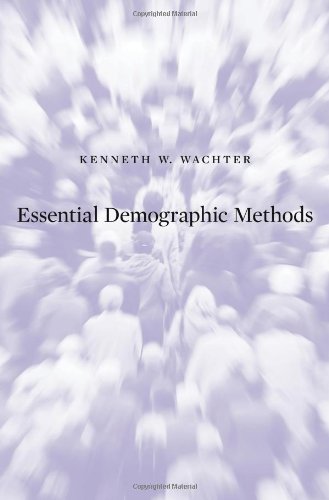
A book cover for Essential Demographic Methods; Kenneth W. Wachter; Politics & Social Sciences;